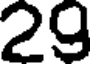
29